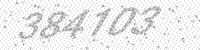
Solution: 384103